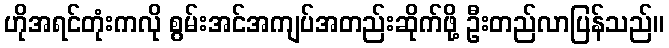
ဟိုအရင်တုံးကလို စွမ်းအင်အကျပ်အတည်းဆိုက်ဖို့ ဦးတည်လာပြန်သည်။